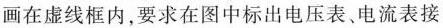
画在虚线框内，要求在图中标出电压表。电流表接